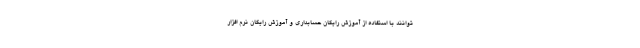
توانند با استفاده از آموزش رایگان حسابداری و آموزش رایگان نرم افزار